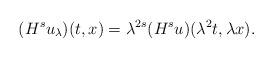
LaTeX: \begin{align*}(H^su_\lambda)(t,x)=\lambda^{2s}(H^su)(\lambda^2t,\lambda x).\end{align*}